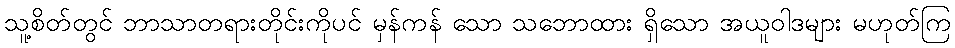
သူ့စိတ်တွင် ဘာသာတရားတိုင်းကိုပင် မှန်ကန် သော သဘောထား ရှိသော အယူဝါဒများ မဟုတ်ကြ